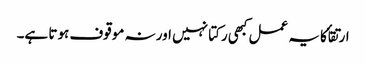
ارتقأ کا یہ عمل کبھی رکتا نہیں اور نہ موقوف ہوتا ہے۔